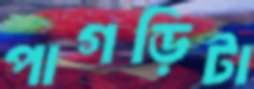
পাগড়িটা